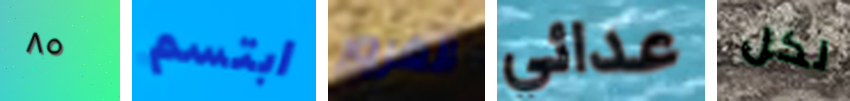
٨٥ ابتسم الغرور عدائي لكل